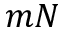
m N